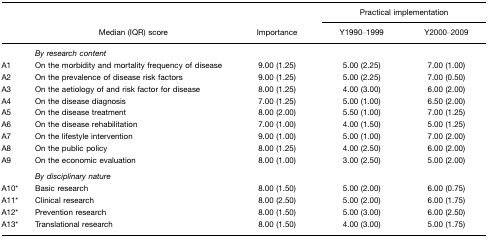
|  |  |  | <COLSPAN=2> Practical implementation |
 |  | Median (IQR) score | Importance | Y1990–1999 | Y2000–2009 |
 | --- | --- | --- | --- | --- |
 |  | By research content |  |  |  |
 | A1 | On the morbidity and mortality frequency of disease | 9.00 (1.25) | 5.00 (2.25) | 7.00 (1.00) |
 | A2 | On the prevalence of disease risk factors | 9.00 (1.25) | 5.00 (2.25) | 7.00 (0.50) |
 | A3 | On the aetiology of and risk factor for disease | 8.00 (1.25) | 4.00 (3.00) | 6.00 (2.00) |
 | A4 | On the disease diagnosis | 7.00 (1.25) | 5.00 (1.00) | 6.50 (2.00) |
 | A5 | On the disease treatment | 8.00 (2.00) | 5.50 (1.00) | 7.00 (1.25) |
 | A6 | On the disease rehabilitation | 7.00 (1.00) | 4.00 (1.50) | 5.00 (1.25) |
 | A7 | On the lifestyle intervention | 9.00 (1.00) | 5.00 (1.00) | 7.00 (2.00) |
 | A8 | On the public policy | 8.00 (1.25) | 4.00 (2.50) | 6.00 (2.00) |
 | A9 | On the economic evaluation | 8.00 (1.00) | 3.00 (2.50) | 5.00 (2.00) |
 |  | By disciplinary nature |  |  |  |
 | A10* | Basic research | 8.00 (1.50) | 5.00 (2.00) | 6.00 (0.75) |
 | A11* | Clinical research | 8.00 (2.50) | 5.00 (2.00) | 6.00 (1.75) |
 | A12* | Prevention research | 8.00 (1.50) | 5.00 (3.00) | 6.00 (2.50) |
 | A13* | Translational research | 8.00 (1.50) | 4.00 (3.00) | 5.00 (1.75) |